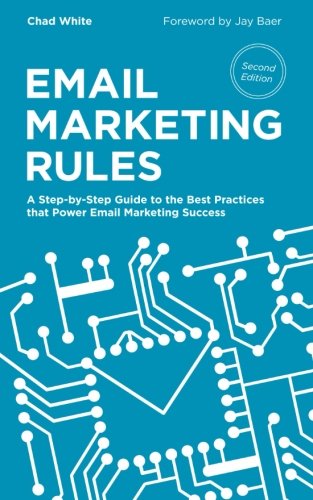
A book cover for Email Marketing Rules: A Step-by-Step Guide to the Best Practices that Power Email Marketing Success; Chad White; Computers & Technology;